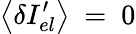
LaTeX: \left\langle\delta{{I}_{el}^{\prime}}\right\rangle\mathrm{~=~}0